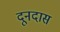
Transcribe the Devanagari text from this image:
दूनदास